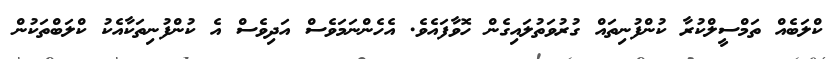
ކްލަބެއް ތަމްސީލްކުރާ ކުންފުނިތައް ގުރުވަތުލައިގެން ހޮވާފައެވެ. އެހެންނަމަވެސް އަދިވެސް އެ ކުންފުނިތަކާއެކު ކްލަބްތަކުން